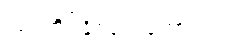
လုပ်ကိုင်နိုင်လေတော့သည်။